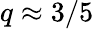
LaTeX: q\approx 3/5